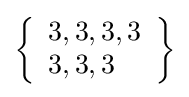
\left\{{\begin{array}{l}3,3,3,3\\3,3,3\end{array}}\right\}